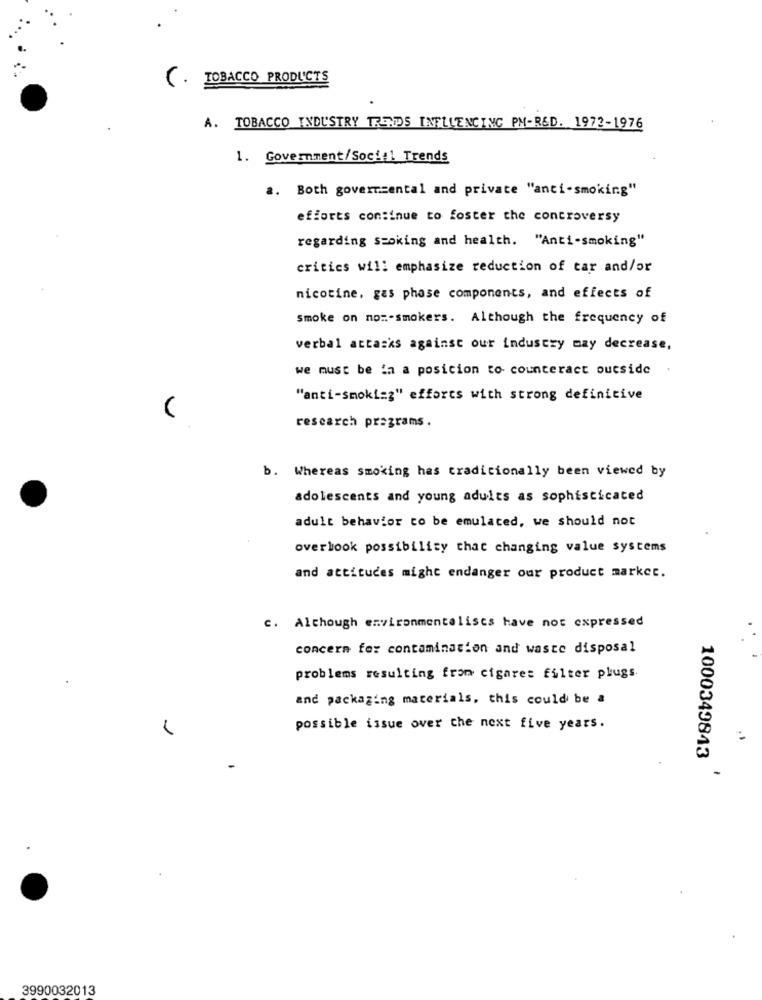
TOBACCO PRODUCTS
A. TOBACCO INDUSTRY TRENDS INFLUENCING PM-R&D. 1972-1976
1. Government/Social Trends
a. Both governmental and private "anti-smoking"
efforts continue to foster the controversy
regarding smoking and health. "Anti-smoking"
critics will emphasize reduction of tar and/or
nicotine, gas phase components, and effects of
Smoke on non-smokers. Although the frequency of
verbal attacks against our industry may decrease,
we must be ia a posicion to counteract outside
"anti-smoking" efforts with strong definitive
research programs.
b. Whereas smoking has traditionally been viewed by
adolescents and young adults as sophisticated
adult behavior to be emulated, we should not
overlook possibility that changing value systems
and attitudes might endanger our product market.
c. Although environmentalists have not expressed
concern for contamination and waste disposal
problems resulting from cigaret filter plugs.
and packaging materials, this could be a
possible issue over the next five years.
1000349843
3990032013